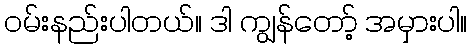
ဝမ်းနည်းပါတယ်။ ဒါ ကျွန်တော့် အမှားပါ။